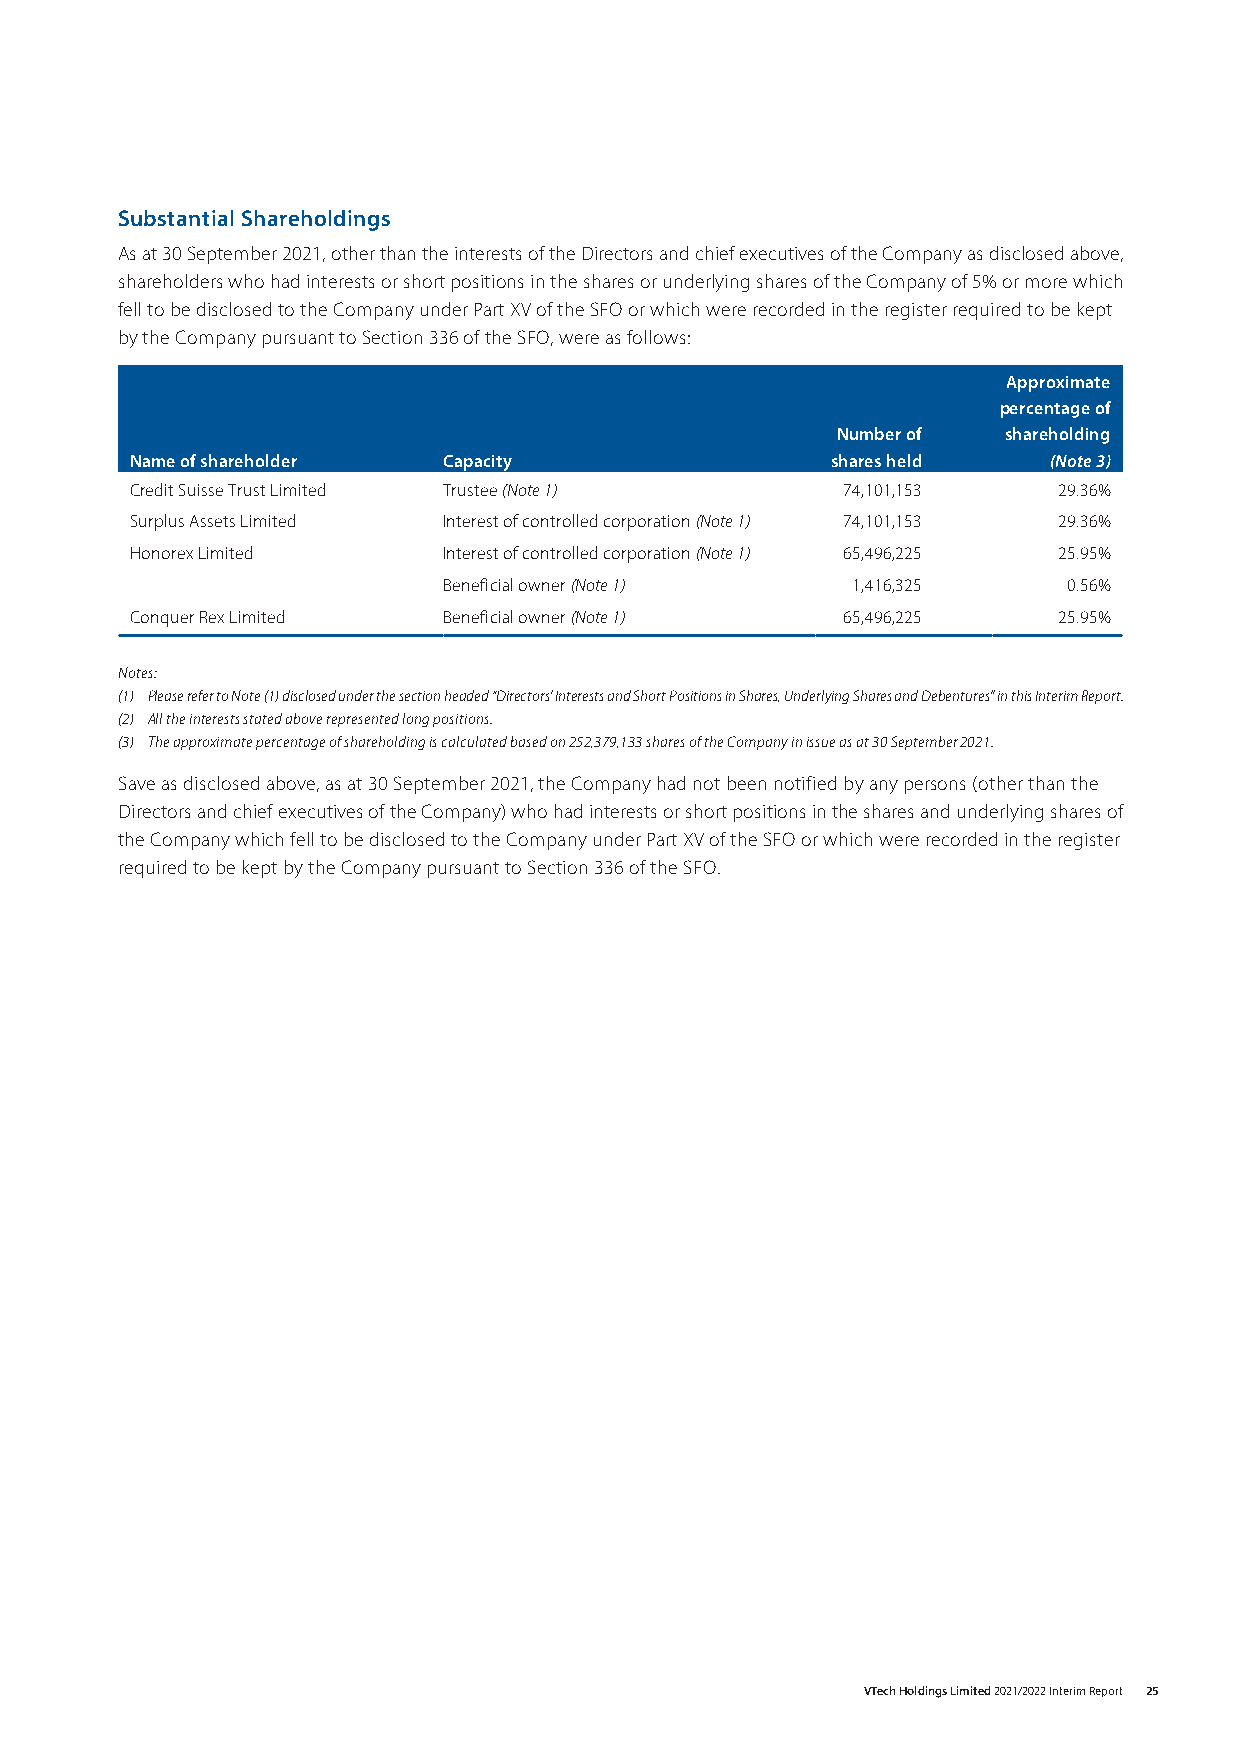
Substantial Shareholdings
 As at 30 September 2021, other than the interests of the Directors and chief executives of the Company as disclosed above,
 shareholders who had interests or short positions in the shares or underlying shares of the Company of 5% or more which
 fell to be disclosed to the Company under Part XV of the SFO or which were recorded in the register required to be kept
 by the Company pursuant to Section 336 of the SFO, were as follows:
 Approximate
 percentage of
 Number of   shareholding
 Name of shareholder Capacity                  shares held   (Note 3)
 Credit Suisse Trust Limited Trustee (Note 1)   74,101,153    29.36%
 Surplus Assets Limited Interest of controlled corporation (Note 1) 74,101,153 29.36%
 Honorex Limited     Interest of controlled corporation (Note 1) 65,496,225 25.95%
 Beneficial owner (Note 1)  1,416,325      0.56%
 Conquer Rex Limited Beneficial owner (Note 1)  65,496,225    25.95%
 Notes:
 (1) Please refer to Note (1) disclosed under the section headed “Directors’ Interests and Short Positions in Shares, Underlying Shares and Debentures” in this Interim Report.
 (2) All the interests stated above represented long positions.
 (3) The approximate percentage of shareholding is calculated based on 252,379,133 shares of the Company in issue as at 30 September 2021.
 Save as disclosed above, as at 30 September 2021, the Company had not been notified by any persons (other than the
 Directors and chief executives of the Company) who had interests or short positions in the shares and underlying shares of
 the Company which fell to be disclosed to the Company under Part XV of the SFO or which were recorded in the register
 required to be kept by the Company pursuant to Section 336 of the SFO.
 VTech Holdings Limited 2021/2022 Interim Report 25